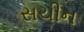
સચીન